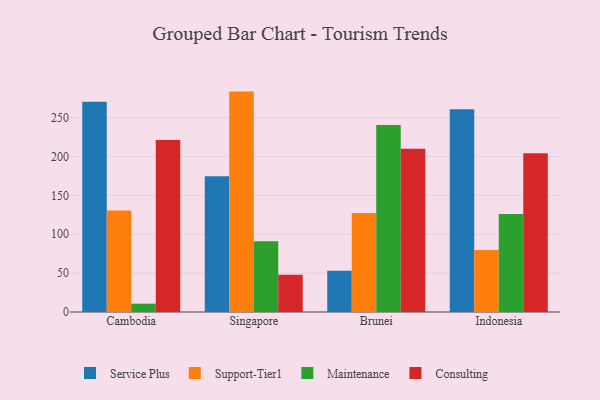
{"axis": {"x": "Country", "y": "Population (Million)"}, "legend": ["Consulting", "Maintenance", "Service Plus", "Support-Tier1"], "data": [{"x": "Cambodia", "y": 270.3, "type": "Service Plus"}, {"x": "Cambodia", "y": 130.6, "type": "Support-Tier1"}, {"x": "Cambodia", "y": 10.7, "type": "Maintenance"}, {"x": "Cambodia", "y": 221.2, "type": "Consulting"}, {"x": "Singapore", "y": 174.5, "type": "Service Plus"}, {"x": "Singapore", "y": 283.5, "type": "Support-Tier1"}, {"x": "Singapore", "y": 90.9, "type": "Maintenance"}, {"x": "Singapore", "y": 47.9, "type": "Consulting"}, {"x": "Brunei", "y": 52.9, "type": "Service Plus"}, {"x": "Brunei", "y": 127.5, "type": "Support-Tier1"}, {"x": "Brunei", "y": 240.5, "type": "Maintenance"}, {"x": "Brunei", "y": 210.0, "type": "Consulting"}, {"x": "Indonesia", "y": 260.8, "type": "Service Plus"}, {"x": "Indonesia", "y": 79.9, "type": "Support-Tier1"}, {"x": "Indonesia", "y": 126.1, "type": "Maintenance"}, {"x": "Indonesia", "y": 204.2, "type": "Consulting"}]}